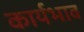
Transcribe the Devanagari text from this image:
कार्यभाव